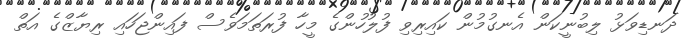
ދަނޑިވަޅު ލިބުނީކަން އެނގުމުން ކައިރިވި ފުލުހުންގެ މީހާ ފުރަތަމަވެސް ފައިންޖަހައި ރިޔާޒްގެ އަތް